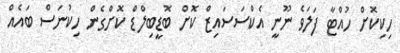
ހިކިކޮށް ހުއްޓާ ފަލަވެ ނޫނީ އެކްްސަސައިޒް ކޮށް ބޮޑީބިލްޑް ކޮށްގެން ހިކުނަސް ބައެއް